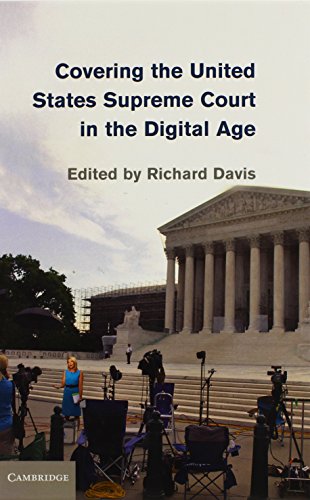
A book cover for Covering the United States Supreme Court in the Digital Age; Law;